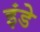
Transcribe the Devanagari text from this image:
इंडे